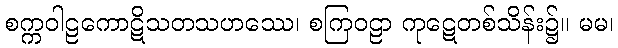
စက္ကဝါဠကောဋိသတသဟဿေ၊ စကြဝဠာ ကုဋေတစ်သိန်း၌။ မမ၊